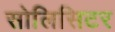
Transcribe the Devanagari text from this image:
सोलिसिटर